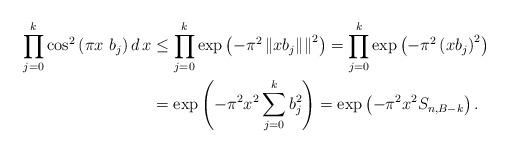
LaTeX: \begin{align*} \prod_{j=0}^k\cos^2\left(\pi x\ b_j\right)d\,x &\leq \prod_{j=0}^k \exp\left(-\pi^2\left\|xb_j\|\right\|^2 \right) =\prod_{j=0}^k\exp\left(-\pi^2 \left(xb_j\right)^2 \right) \\ &=\exp\left(-\pi^2 x^2\sum_{j=0}^k b_j^2 \right) =\exp\left(-\pi^2 x^2 S_{n,B-k}\right).\end{align*}